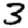
Digit: 3